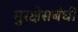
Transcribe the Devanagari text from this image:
सुरक्षेसंबंधी